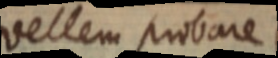
vellem probare